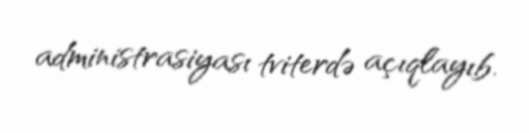
administrasiyası tviterdə açıqlayıb.